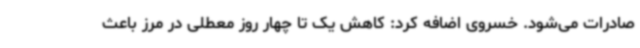
صادرات می‌شود. خسروی اضافه کرد: کاهش یک تا چهار روز معطلی در مرز باعث